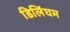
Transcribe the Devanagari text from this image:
डिलिंघम